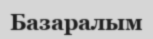
Базаралым